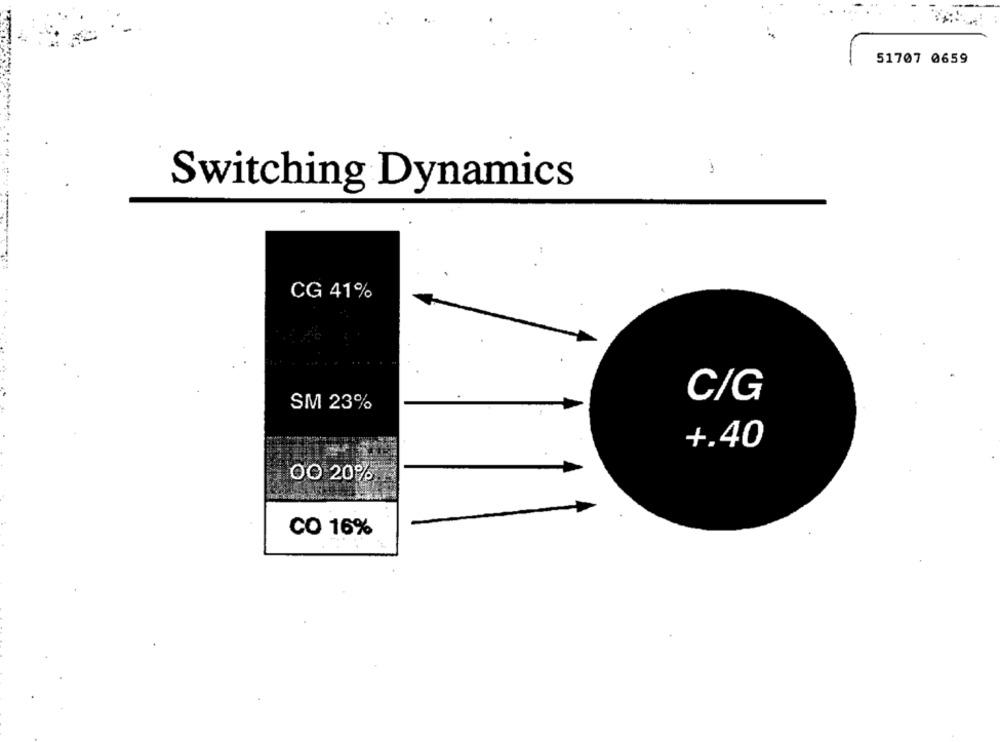
51707 0659
Switching Dynamics
CG 41%
C/G
SM 23%
+.40
OO 20%
CO 16%